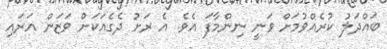
ބައްދަލު ކުރެއްވުމަށް ވަނީ ނިންމާފަ އެވެ. އެ ރަށު ދެގެއަކަށް ވަޒަން އަރައި